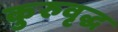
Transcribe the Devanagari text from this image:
कुरुवृद्ध